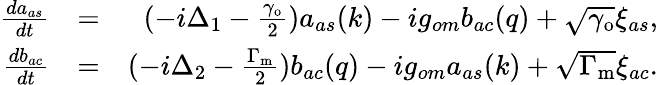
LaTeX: \begin{array}{rlr}{\frac{da_{as}}{dt}}&{=}&{(-i\Delta_{1}-\frac{\gamma_{\mathrm{o}}}{2})a_{as}(k)-ig_{om}b_{ac}(q)+\sqrt{\gamma_{\mathrm{o}}}\xi_{as},}\\ {\frac{db_{ac}}{dt}}&{=}&{(-i\Delta_{2}-\frac{\Gamma_{\mathrm{m}}}{2})b_{ac}(q)-ig_{om}a_{as}(k)+\sqrt{\Gamma_{\mathrm{m}}}\xi_{ac}.}\end{array}